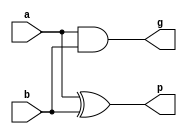
/* ACM Class System (I) Fall Assignment 1 
 *
 *
 * Implement your naive adder here
 * 
 * GUIDE:
 *   1. Create a RTL project in Vivado
 *   2. Put this file into `Sources'
 *   3. Put `test_adder.v' into `Simulation Sources'
 *   4. Run Behavioral Simulation
 *   5. Make sure to run at least 100 steps during the simulation (usually 100ns)
 *   6. You can see the results in `Tcl console'
 *
 */

// PG generator
module PG (
    input a,
    input b,
    output p,
    output g
);
    assign p = a ^ b;
    assign g = a & b;
endmodule

// PGM generator
module PGM (
    input [3:0] p,
    input [3:0] g,
    output pm,
    output gm
);
    assign pm = p[0] & p[1] & p[2] & p[3];
    assign gm = g[3] | g[2] & p[3] | g[1] & p[3] & p[2] | g[0] & p[3] & p[2] & p[1];
endmodule

// Carry Lookahead Unit
module CLU (
    input [3:0] p,
    input [3:0] g,
    input cin,
    output [3:0] cout
);
    assign cout[0] = g[0] | cin & p[0];
    assign cout[1] = g[1] | g[0] & p[1] | cin & p[0] & p[1];
    assign cout[2] = g[2] | g[1] & p[2] | g[0] & p[1] & p[2] | cin & p[0] & p[1] & p[2];
    assign cout[3] = g[3] | g[2] & p[3] | g[1] & p[2] & p[3] | g[0] & p[1] & p[2] & p[3] | cin & p[0] & p[1] & p[2] & p[3];
endmodule

// 4-bit Carry Lookahead Adder without cout
module CLA_4 (
    input cin,
    input [3:0] p,
    input [3:0] g,
    output [3:0] s
);
    wire [3:0] c;
    CLU clu(p, g, cin, c);

    assign s[0] = p[0] ^ cin;
    assign s[1] = p[1] ^ c[0];
    assign s[2] = p[2] ^ c[1];
    assign s[3] = p[3] ^ c[2];
endmodule

// 16-bit CLA with cout
module CLA_16(
    input cin,
	input [15:0] a,
    input [15:0] b,
    output [15:0] s,
    output cout
);
    wire [15:0] p;
    wire [15:0] g;
    wire [3:0] pm;
    wire [3:0] gm;
    wire [3:0] c;

    genvar i;
    generate
        for (i = 0; i < 16; i = i + 1) begin
            PG pg(a[i], b[i], p[i], g[i]);
        end
    endgenerate

    PGM pgm0(p[3:0], g[3:0], pm[0], gm[0]),
        pgm1(p[7:4], g[7:4], pm[1], gm[1]),
        pgm2(p[11:8], g[11:8], pm[2], gm[2]),
        pgm3(p[15:12], g[15:12], pm[3], gm[3]);

    CLU clu(pm, gm, cin, c);

    CLA_4 cla0(cin, p[3:0], g[3:0], s[3:0]),
          cla1(c[0], p[7:4], g[7:4], s[7:4]),
          cla2(c[1], p[11:8], g[11:8], s[11:8]),
          cla3(c[2], p[15:12], g[15:12], s[15:12]);

    assign cout = c[3];
endmodule

module adder_32(
    input cin,
    input [31:0] a,
    input [31:0] b,
    output [31:0] sum,
    output cout  
);
    wire c15;
    CLA_16 cla0(cin, a[15:0], b[15:0], sum[15:0], c15);
    CLA_16 cla1(c15, a[31:16], b[31:16], sum[31:16], cout);
endmodule

module Add(
    input [31:0] a,
    input [31:0] b,
    output reg [31:0] sum
);
    wire unused;
    wire [31:0] tmpsum;
    adder_32 adder(1'b0, a, b, tmpsum, unused);
    always @* begin
		sum <= tmpsum;
	end
endmodule